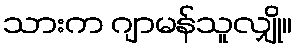
သားက ဂျာမန်သူလျှို။